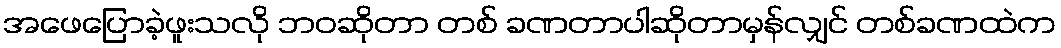
အဖေပြောခဲ့ဖူးသလို ဘဝဆိုတာ တစ် ခဏတာပါဆိုတာမှန်လျှင် တစ်ခဏထဲက